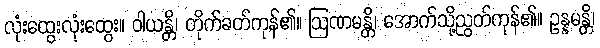
လုံးထွေးလုံးထွေး။ ဝါယန္တိ၊ တိုက်ခတ်ကုန်၏။ ဩဏမန္တိ၊ အောက်သို့ညွတ်ကုန်၏။ ဥန္နမန္တိ၊